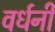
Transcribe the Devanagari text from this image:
वर्धनी